Vital statistics of India. Vol. V, Reports of 1876 on armies & jails and on epidemic cholera
Year: 1876
Disease focus: Cholera
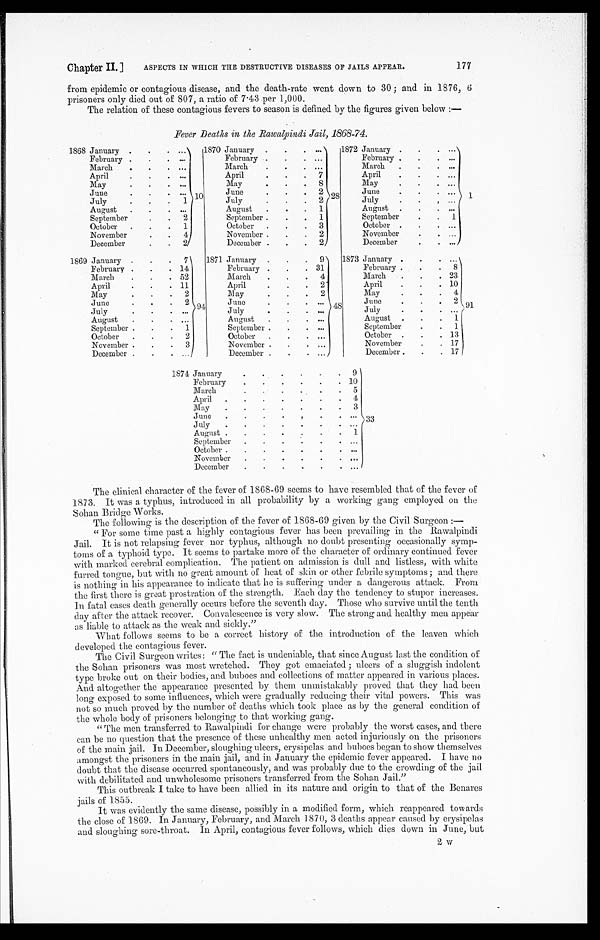
Chapter II.] ASPECTS IN WHICH THE DESTRUCTIVE DISEASES OF JAILS APPEAR.
177
from epidemic or contagious disease, and the death-rate went down to 30; and in 1876, 6
prisoners only died out of 807, a ratio of 7.43 per 1,000.
The relation of these contagious fevers to season is defined by the figures given below:—
Fever Deaths in, the Rawalpindi Jail, 1868-74.
1868 January
10
February
March
April
May
June
July
1
August
September
2
October
1
November
4
December
2
1869 January
7
94
February
14
March
52
Apri
11
May
2
June
2
July
August
September
1
October
2
November
3
December
1870 January
2 8
February
March
April
7
May
8
June
2
July
2
August
1
1
S e p t e m b e r
1
October
3
November
2
December
2
1871 January
9
1
February
31
March
4
April
2 2
May
2
June
July
August
September
October
November
December
1872 January
1
February
March
April
May
June
July
August
September
1
October
November
December
1 8 7 3 January
91
February
8
March
23
April
10
May
4
June
2
July
August
1
September
1
October
13
November
17
December
17
1874 January
9
33
February
10
March
5
April
4
May
3
June
July
August
1
September
October
November
December
The clinical character of the fever of 1868-69 seems to have resembled that of the fever of
1873. It was a typhus, introduced in all probability by a working gang employed on the
Sohan Bridge Works.
The following is the description of the fever of 1808-69 given by the Civil Surgeon:—
"For some time past a highly contagious fever has been. prevailing in the Rawalpindi
Jail. It is not relapsing fever nor typhus, although no doubt presenting occasionally symp
- t o m s o f a t y p h o i d t y p e . I t s e e m s t o p a r t a k e m o r e o f t h e c h a r a c t e r o f o r d i n a r y c o n t i n u e d f e v e r
with marked cerebral complication. The patient on admission is dull and listless, with white
furred tongue, but with no great amount of heat of skin or other febrile symptoms; and there
is nothing in his appearance to indicate that he is suffering under a dangerous attack. From
the first there is great prostration of the strength. Each day the tendency to stupor increases.
In fatal cases death generally occurs before the seventh day. Those who survive until the tenth.
day after the attack recover. Convalescence is very slow. The strong and healthy men appear
as liable to attack as the weak and sickly."
What follows seems to be a correct history of the introduction of the leaven which
developed the contagious fever.
The Civil Surgeon writes: "The fact is undeniable, that since August last the condition of
the Sohan prisoners was most wretched. They got emaciated; ulcers of a sluggish indolent
type broke out on their bodies, and buboes and collections of matter appeared in various places.
And altogether the appearance presented by them unmistakably proved that they had been
long exposed to some influences, which were gradually reducing their vital powers. This was
not so much proved by the number of deaths which took place as by the general condition of
the whole body of prisoners belonging to that working gang.
"The men transferred to Rawalpindi for change were probably the worst cases, and there
can be no question that the presence of these unhealthy men acted injuriously on the prisoners
of the main jail. In December, sloughing ulcers, erysipelas and buboes began to show themselves
amongst the prisoners in the main jail, and in January the epidemic fever appeared. I have no
doubt that the disease occurred spontaneously, and was probably due to the crowding of the jail
with debilitated and unwholesome prisoners transferred from the Sohan Jail."
This outbreak I take to have been allied in its nature and origin to that of the Benares
jails of 1855.
It was evidently the same disease, possibly in a modified form, which reappeared towards
the close of 1869. In January, February, and March 1870, 3 deaths appear caused by erysipelas
and sloughing sure-throat. In April, contagious fever follows, which dies down in June, but
2 w